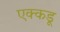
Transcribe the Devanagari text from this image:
एक्कडू